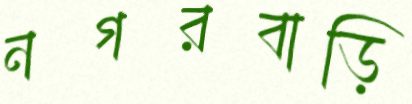
নগরবাড়ি